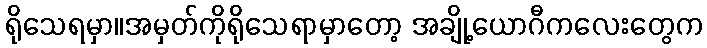
ရိုသေရမှာ။အမှတ်ကိုရိုသေရာမှာတော့ အချို့ယောဂီကလေးတွေက